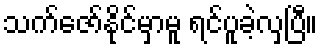
သက်ဇော်နိုင်မှာမူ ရင်ပူခဲ့လှပြီ။